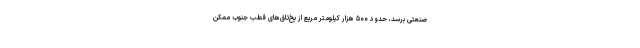
صنعتی برسد، حدود ۵۰۰ هزار کیلومتر مربع از یخ‌تاق‌های قطب جنوب ممکن